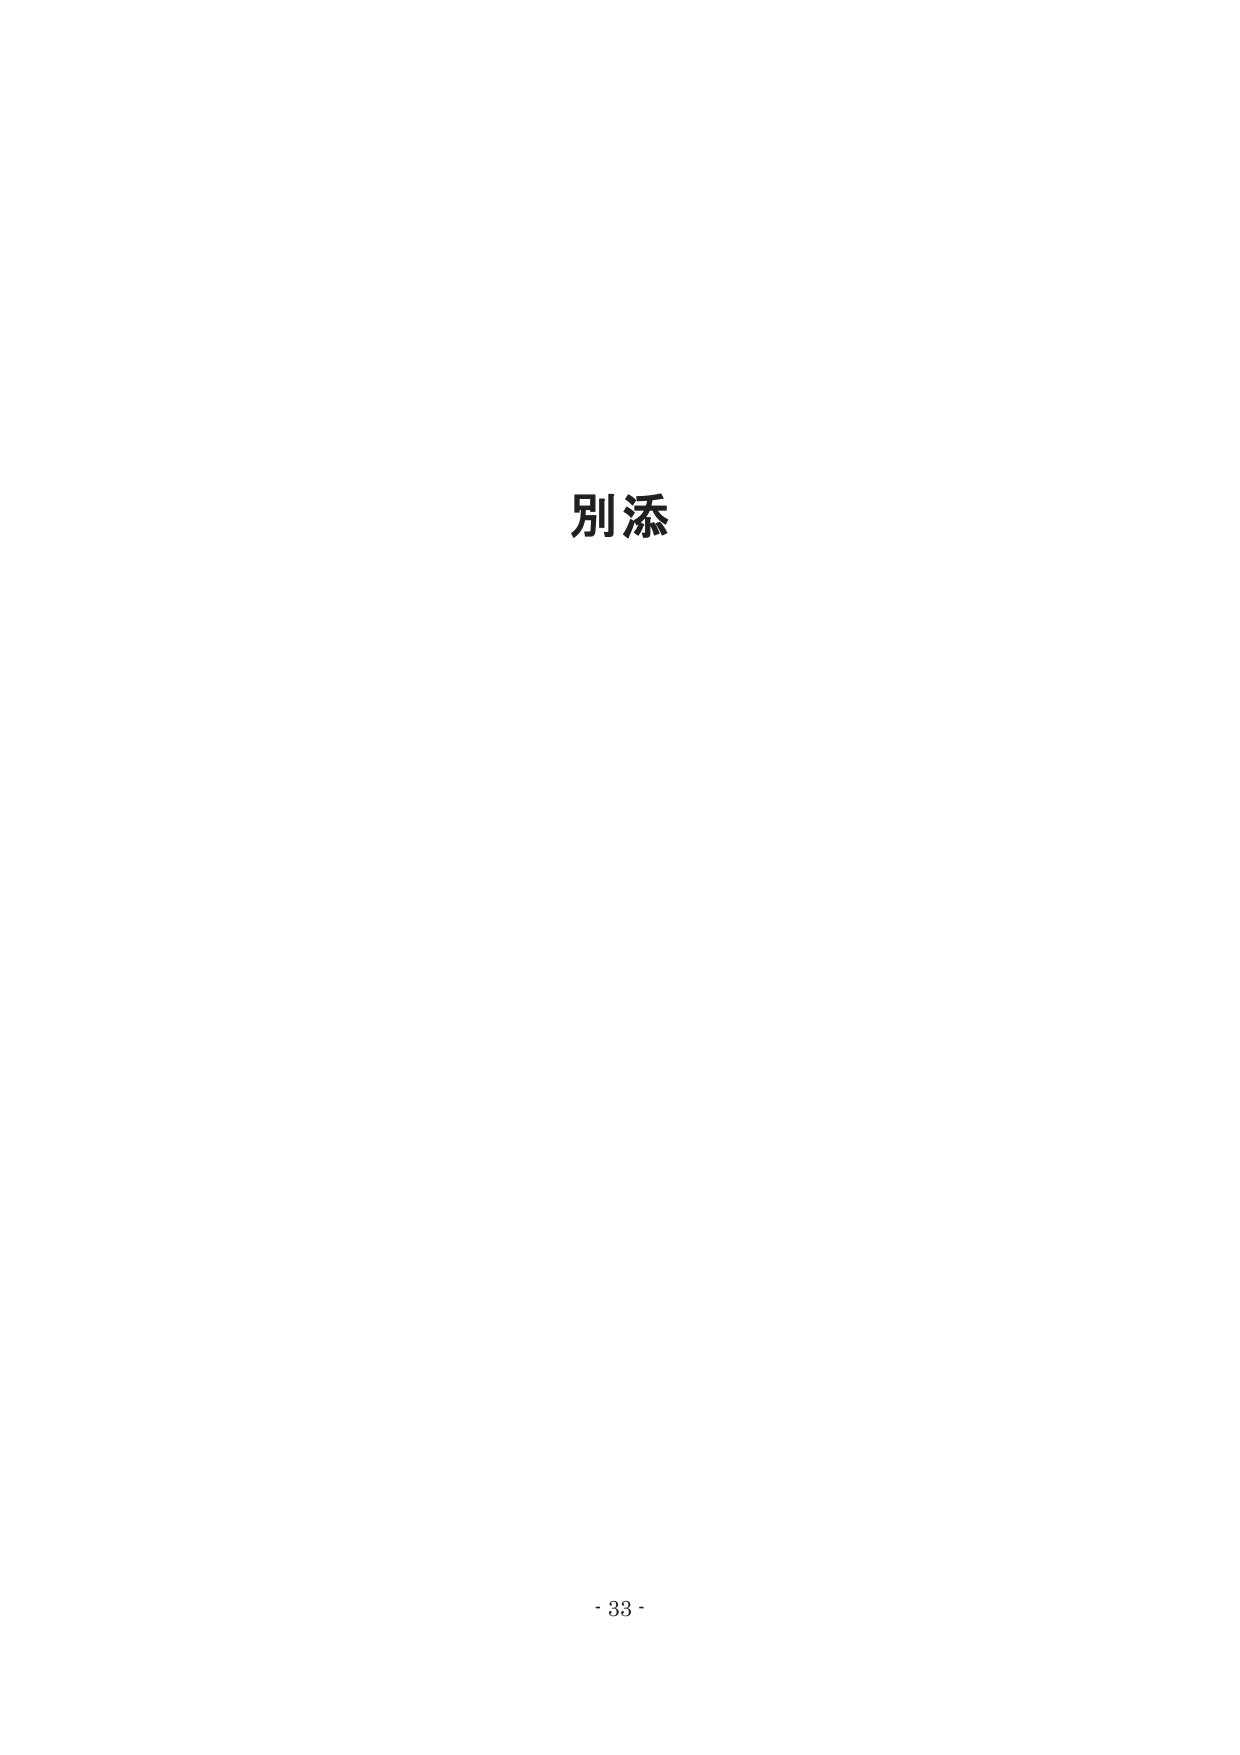
別添

- 33 -